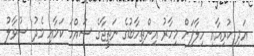
އަދި ކުރިއާއި ހިލާފަށް މިހާރު އިންތިހާބުގެ ނަތީޖާގެ ސައްހަ ކަމާއި މެދު ސުވާލު